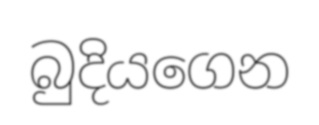
බුදියගෙන